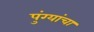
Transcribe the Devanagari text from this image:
पुंग्यांचा